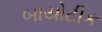
બાયોટીક